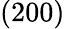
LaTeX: (200)